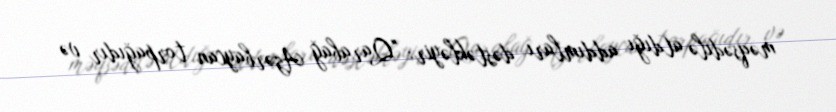
məqsədilə atdığı addımları dəstəkləyir: "Qarabağ Azərbaycan torpağıdır və